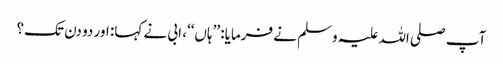
آپ صلی اللہ علیہ وسلم نے فرمایا: ’’ہاں‘‘، ابی نے کہا: اور دو دن تک؟